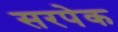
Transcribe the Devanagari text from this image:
सरपेक